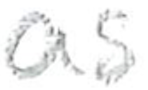
Text: as
Cross-out: clean
Writing tool: pencil